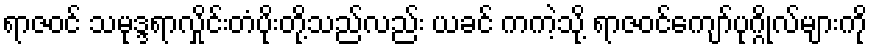
ရာဇဝင် သမုဒ္ဒရာလှိုင်းတံပိုးတို့သည်လည်း ယခင် ကကဲ့သို့ ရာဇဝင်ကျော်ပုဂ္ဂိုလ်များကို